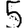
Digit: 5